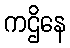
ကဌိနေ